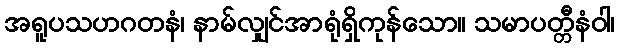
အရူပသဟဂတနံ၊ နာမ်လျှင်အာရုံရှိကုန်သော။ သမာပတ္တီနံဝါ၊